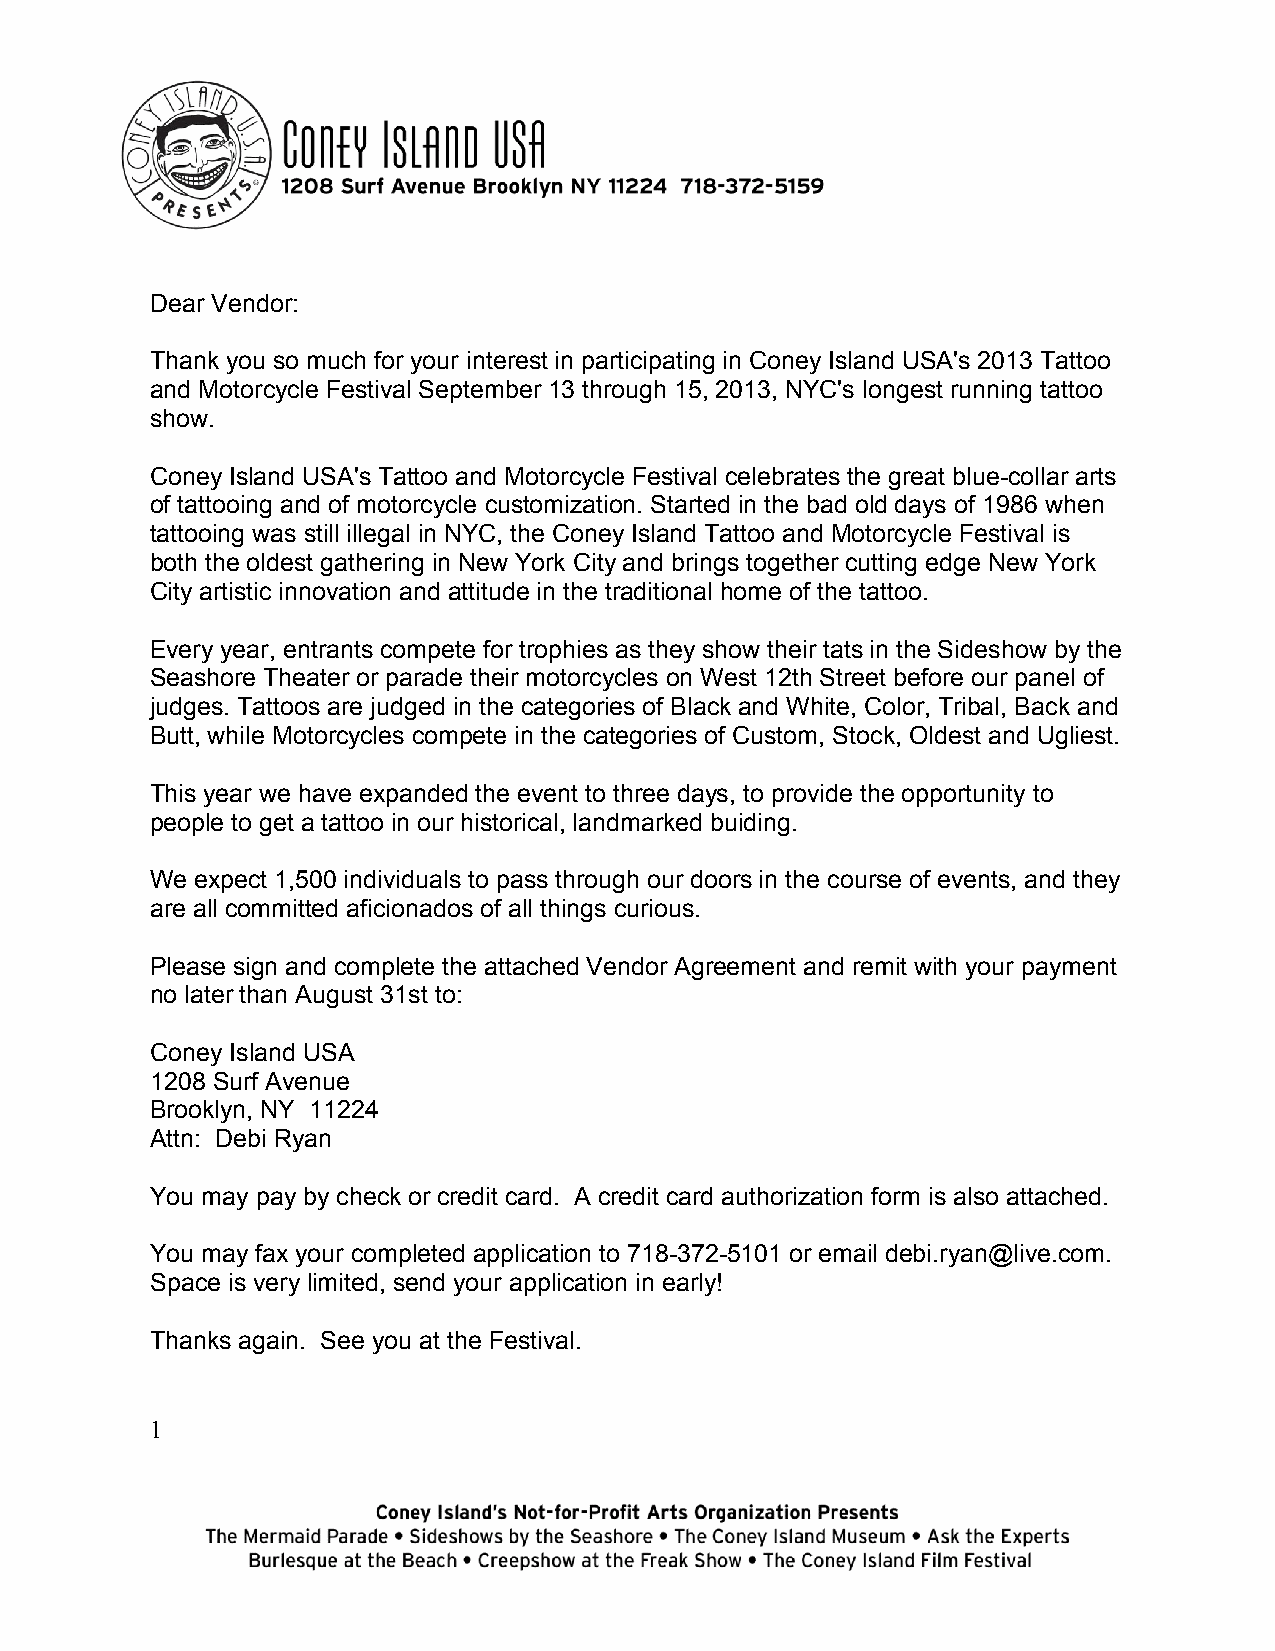
Dear Vendor:
 Thank you so much for your interest in participating in Coney Island USA's 2013 Tattoo
 and Motorcycle Festival September 13 through 15, 2013, NYC's longest running tattoo
 show.
 Coney Island USA's Tattoo and Motorcycle Festival celebrates the great blue-collar arts
 of tattooing and of motorcycle customization. Started in the bad old days of 1986 when
 tattooing was still illegal in NYC, the Coney Island Tattoo and Motorcycle Festival is
 both the oldest gathering in New York City and brings together cutting edge New York
 City artistic innovation and attitude in the traditional home of the tattoo.
 Every year, entrants compete for trophies as they show their tats in the Sideshow by the
 Seashore Theater or parade their motorcycles on West 12th Street before our panel of
 judges. Tattoos are judged in the categories of Black and White, Color, Tribal, Back and
 Butt, while Motorcycles compete in the categories of Custom, Stock, Oldest and Ugliest.
 This year we have expanded the event to three days, to provide the opportunity to
 people to get a tattoo in our historical, landmarked buiding.
 We expect 1,500 individuals to pass through our doors in the course of events, and they
 are all committed aficionados of all things curious.
 Please sign and complete the attached Vendor Agreement and remit with your payment
 no later than August 31st to:
 Coney Island USA
 1208 Surf Avenue
 Brooklyn, NY 11224
 Attn: Debi Ryan
 You may pay by check or credit card. A credit card authorization form is also attached.
 You may fax your completed application to 718-372-5101 or email debi.ryan@live.com.
 Space is very limited, send your application in early!
 Thanks again. See you at the Festival.
 1